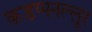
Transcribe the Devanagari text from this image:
कडप्पनल्लूर